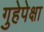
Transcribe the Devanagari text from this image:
गुहेपेक्षा